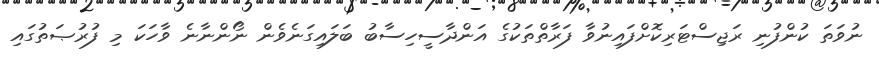
ނުވަތަ ކުންފުނި ރަޖިސްޓަރިކޮށްފައިނުވާ ފަރާތްތަކުގެ އަންދާސީހިސާބު ބަލައިގަނެވެން ނޯންނާނެ ވާހަކަ މި ފުރުޞަތުގައި